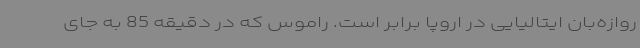
روازه‌بان ایتالیایی در اروپا برابر است. راموس که در دقیقه 85 به جای